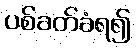
ပစ်ခတ်ခံရ၍